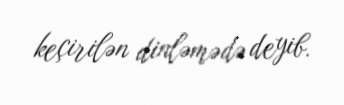
keçirilən dinləmədə deyib.